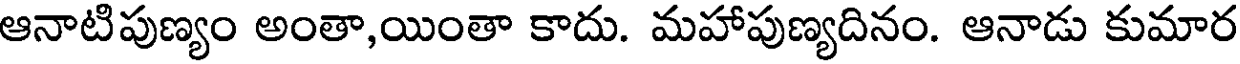
ఆనాటిపుణ్యం అంతా,యింతా కాదు. మహాపుణ్యదినం. ఆనాడు కుమార